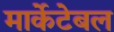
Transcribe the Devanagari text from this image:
मार्केटेबल